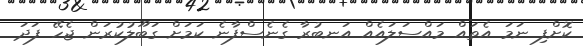
ކޮށްފި ނަމަ އެތައް މައްސަލައެއް އަނބުރާ ގެެނެސްފާނެ ކަމަށް ގަބޫލުކުރަން ޖެހޭ ފަދަ